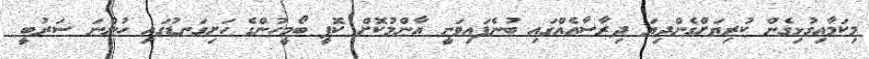
މިކަމާއިގުޅިގެން ކުރިޔަށްގެންދިޔަ ދިރާސާއެއްގައި ބުނެފައިވަނީ އާންމުކޮށް ކޮފީ ބޯމީހުންގެ ހަށިގަނޑުގައި ހުންނަ ސަރުބީ